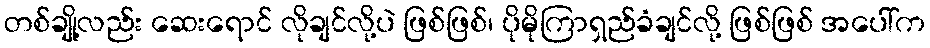
တစ်ချို့လည်း ဆေးရောင် လိုချင်လို့ပဲ ဖြစ်ဖြစ်၊ ပိုမိုကြာရှည်ခံချင်လို့ ဖြစ်ဖြစ် အပေါ်က